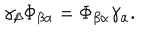
LaTeX: \gamma _ { \beta } \Phi _ { \beta \alpha } = \Phi _ { \beta \alpha } \gamma _ { \alpha } .